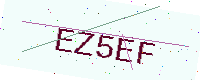
Text: EZ5EF